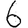
Digit: 6